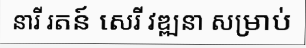
នារី រតន៍ សេរី វឌ្ឍនា សម្រាប់